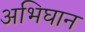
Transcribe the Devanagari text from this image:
अभिघान